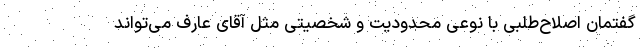
گفتمان اصلاح‌طلبی با نوعی محدودیت و شخصیتی مثل آقای عارف می‌تواند